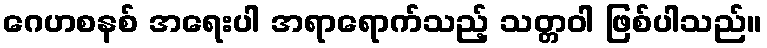
ဂေဟစနစ် အရေးပါ အရာရောက်သည့် သတ္တဝါ ဖြစ်ပါသည်။